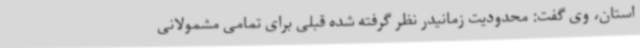
استان، وی گفت: محدودیت زمانیدر نظر گرفته شده قبلی برای تمامی مشمولانی